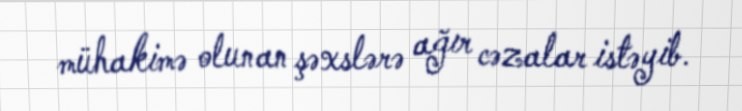
mühakimə olunan şəxslərə ağır cəzalar istəyib.